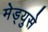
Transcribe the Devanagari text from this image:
मेड्युसे